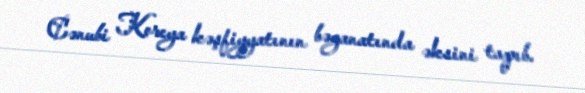
Cənubi Koreya kəşfiyyatının bəyanatında əksini tapıb.